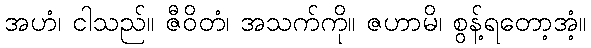
အဟံ၊ ငါသည်။ ဇီဝိတံ၊ အသက်ကို။ ဇဟာမိ၊ စွန့်ရတော့အံ့။